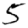
Digit: 5